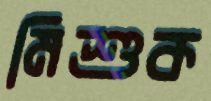
মিশুক